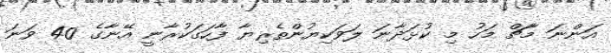
އަންނަ މާޗް މަހު މި ކުޅަދާނަ ލަވަކިޔުންތެރިޔާ ފާހަގަކުރާނީ އޭނާގެ 40 ވަނަ